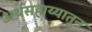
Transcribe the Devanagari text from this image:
अर्थसहाय्यातून